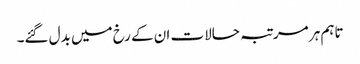
تاہم ہر مرتبہ حالات ان کے رخ میں بدل گئے۔